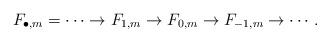
LaTeX: \begin{align*}F_{\bullet,m} = \cdots \to F_{1,m} \to F_{0,m} \to F_{-1,m} \to \cdots.\end{align*}